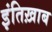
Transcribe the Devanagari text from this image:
इंतिख़ाब